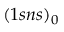
( 1 s n s ) _ { 0 }